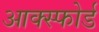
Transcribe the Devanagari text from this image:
आक्स्फोर्ड